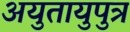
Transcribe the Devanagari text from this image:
अयुतायुपुत्र